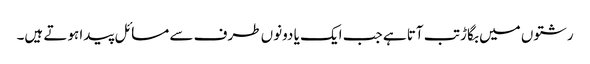
رشتوں میں بگاڑ تب آتا ہے جب ایک یا دونوں طرف سے مسائل پیدا ہوتے ہیں۔